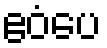
ဧဝံပေ